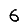
Digit: 6